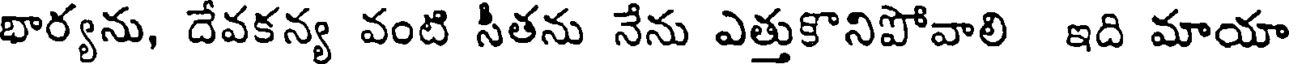
భార్యను, దేవకన్య వంటి సీతను నేను ఎత్తుకొనిపోవాలి ఇది మాయా